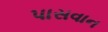
પાસવાન